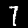
Label: 7